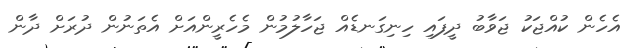
އެހެން ކުއްޖަކު ޖަވާބު ދީފައި ހިނިގަނޑެއް ޖަހާލުމުން މެހެރީންއަށް އެތަނުން ދުރަށް ދާން